Newspaper: Alexandria gazette. [volume]
Place of publication: Alexandria, D.C.
Publisher: Edgar Snowden
Date: 1865-12-11 00:00:00
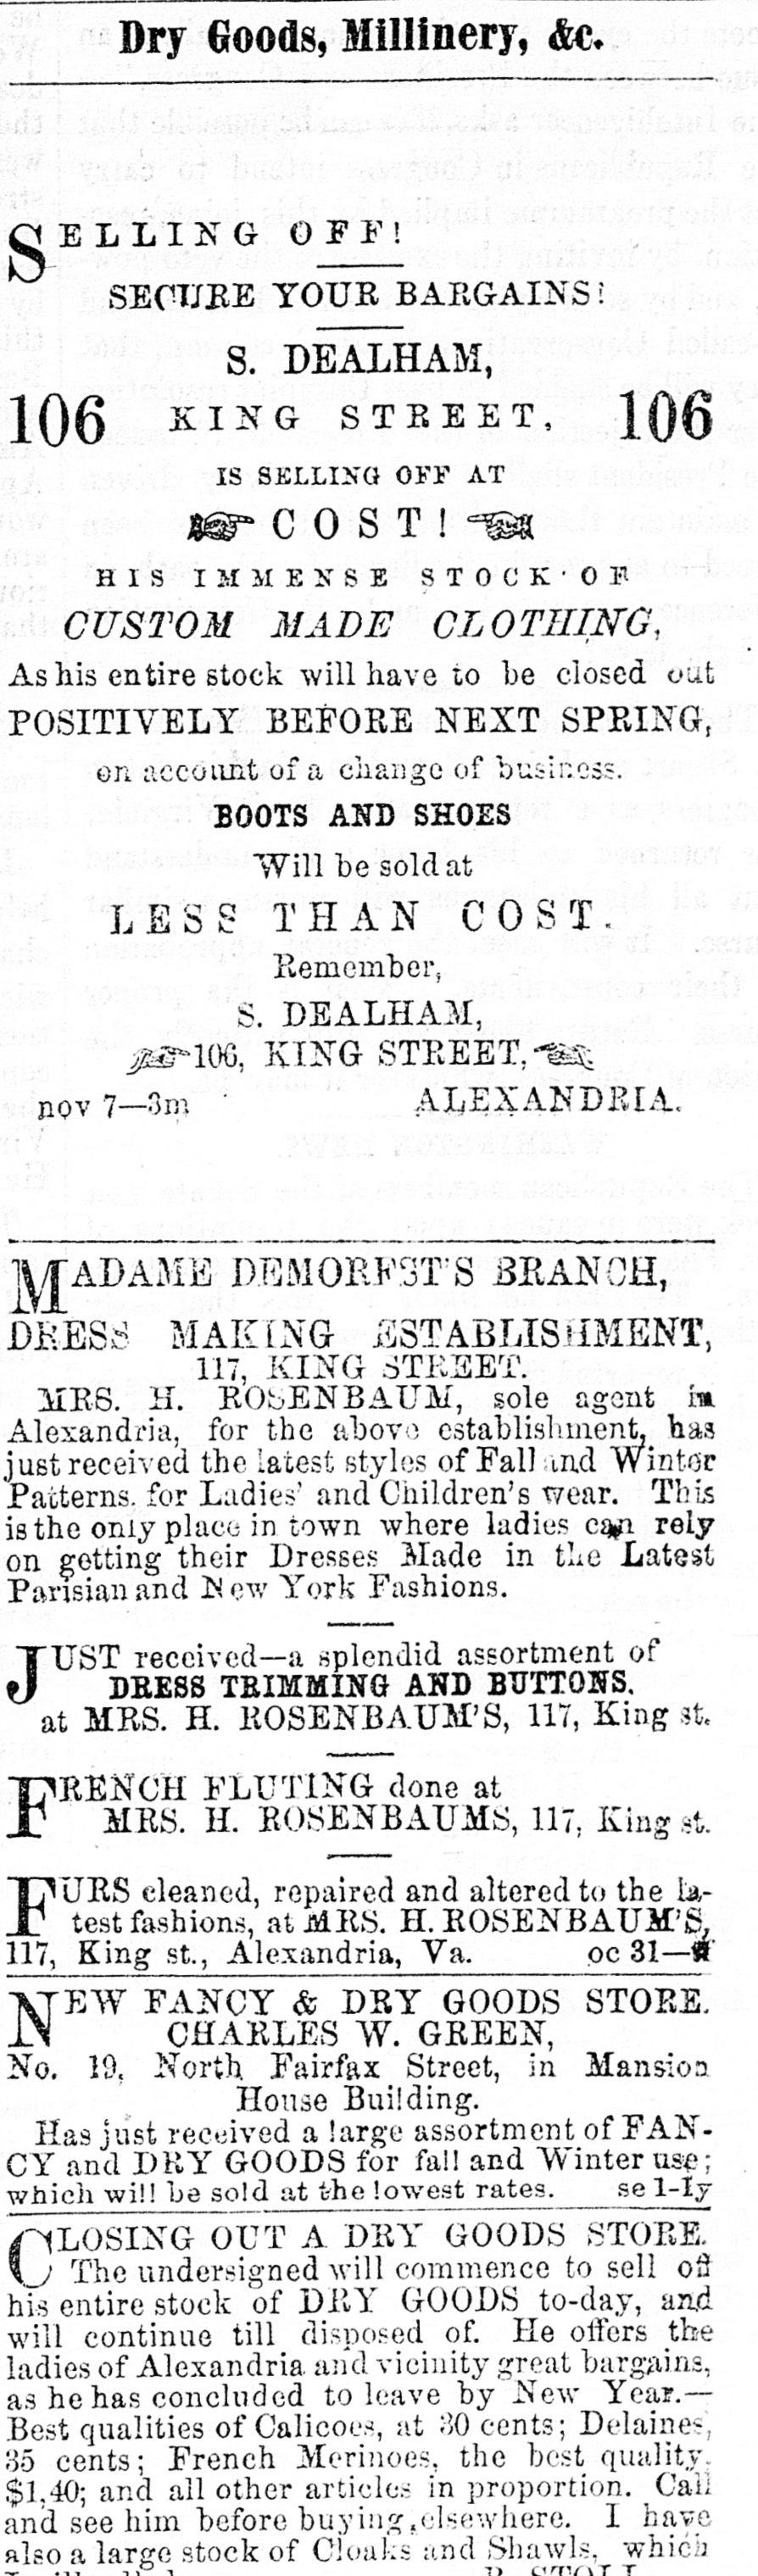
Advertisement text (OCR):
Dry Goods, Millinery, &e. OFF! SECLEE YOUR BARGAINS! S. DEALHAM, KING STREET, }Q0 IS SELLING OFF AT C U S T ! HIS IMMENSE STOCK'OP CUSTOM MADE CLOTHING, his entire stock will have to he closed out BEFORE NEXT SPRING, on account of a change of business. BOOTS AND SHOES Will he sold at LESS THAN COST. Remember, S. DEALHAM, j^lOG, KING STREET,^ jiov 7?3it, ALEXANDRIA. DEMORKST S J3RAN0H, ~ MAKING ESTABLISHMENT, 117, KING STREET. MRS. H. RObENBADM, sole agent i* for the above establishment, has received the latest styles of Fall and Winter for Ladies1 and Children's wear. This the only place in town where ladies c%n rely getting their Dresses Made in the Latest and New York Fashions. received?a .splendid assortment of DRESS TRIMMING AND BUTTONS, at MRS. H. ROSENBAUM'S, 117, King st. fluting done at MRS. H. ROSENBAUMS, 117, King at. cleaned, repaired and altered to the fashions, at MRS. H. ROSENBAUM'S King st., Alexandria, Va. oc 31?# FANCY & DRY GOODS STORE. CHARLES W. GREEN, 10. North. Fairfax Street, in Mansion House Building. Has just received a large assortment of FANCY and DRY GOODS for fail and Winter use; will be sold at the lowest rates. se l-Iy OUT A DRY GOODS STORE. The undersigned will commence to sell Ou entire stock of DRY GOODS to-day, ami continue till disposed of. He oilers the of Alexandria and vicinity great bargains, he has concluded to leave by New Year.? qualities of Calicoes, at 30 cents; Delaines', cents; French Merinoes, the best quality. and all other articles in proportion. Call see him before buying .elsewhere. I have a stock of Cloaks and Shawls, which
Label: text-only